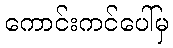
ကောင်းကင်ပေါ်မှ